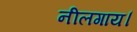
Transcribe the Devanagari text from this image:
नीलगाय।